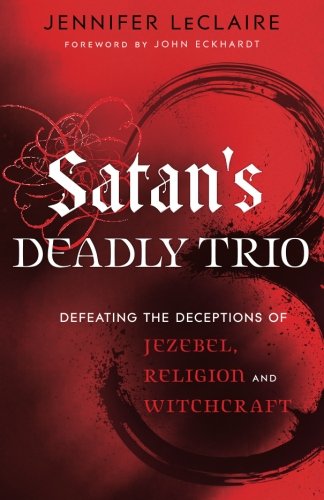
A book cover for Satan's Deadly Trio: Defeating the Deceptions of Jezebel, Religion and Witchcraft; Jennifer LeClaire; Christian Books & Bibles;